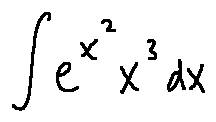
\int e ^ { x ^ { 2 } } x ^ { 3 } d x